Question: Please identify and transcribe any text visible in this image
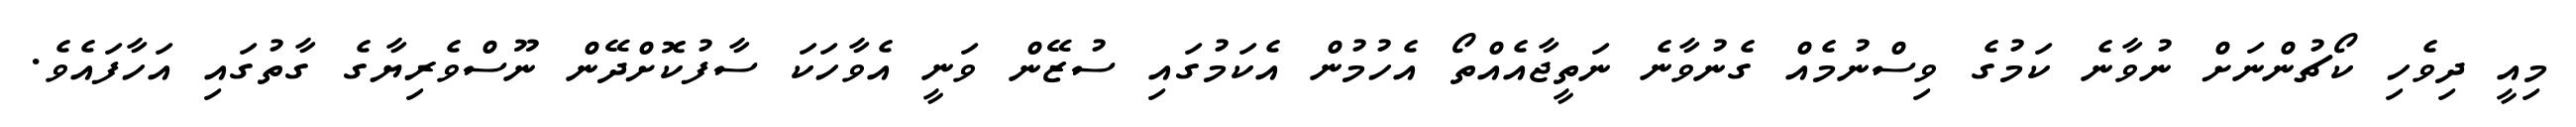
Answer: މިއީ ދިވެހި ކޯޗުންނަށް ނުވާނެ ކަމުގެ ވިސްނުމެއް ގެނުވާނެ ނަތީޖާއެއްތޯ އެހުމުން އެކަމުގައި ސުޒޭން ވަނީ އެވާހަކަ ސާފުކޮށްދޭން ނޫސްވެރިޔާގެ ގާތުގައި އަހާފައެވެ.